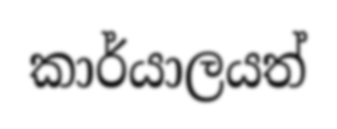
කාර්යාලයත්